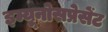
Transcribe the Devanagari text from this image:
इम्यूनोसप्रेसेंट